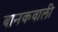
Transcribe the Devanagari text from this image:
बानकवाली